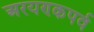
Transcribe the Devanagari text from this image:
अरयण्कपर्व